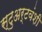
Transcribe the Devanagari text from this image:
स्टुअर्टवंशी